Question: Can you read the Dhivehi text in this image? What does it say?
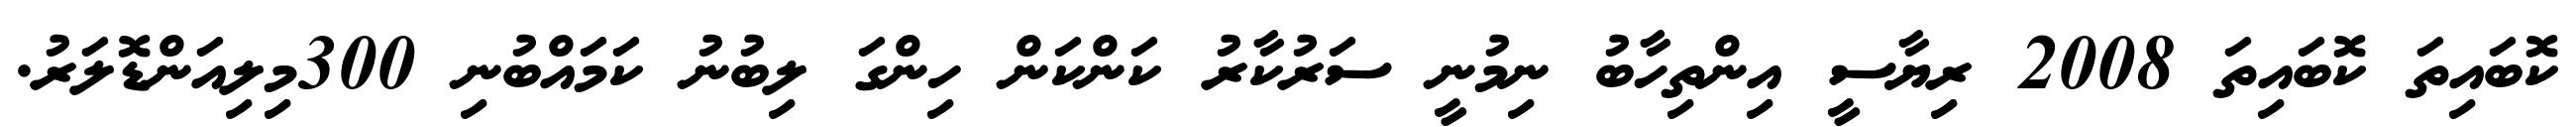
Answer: ކޮބައިތަ ކޮބައިތަ 2008 ރިޔާސީ އިންތިހާބު ނިމުނީ ސަރުކާރު ކަންކަން ހިންގަ ލިބުނު ކަމައްބުނި 300މިލިއަންޑޮލަރު.